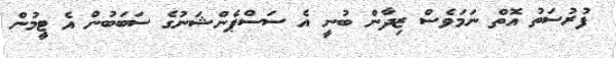
ފުރުސަތު އޮތް ނަމަވެސް ޒިދާން ބުނީ އެ ސަސްޕެންޝަނުގެ ސަބަބުން އެ ޓީމުން